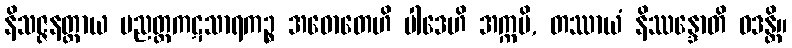
နိသဇ္ဇနတ္ထာယ ပညတ္တကဋသာရကဉ္စ အဓောတေဟိ ပါဒေဟိ အက္ကမိ, တဿာယံ နိဿန္ဒောတိ ဝဒန္တိ။